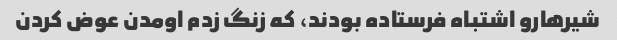
شیرهارو اشتباه فرستاده بودند، که زنگ زدم اومدن عوض کردن